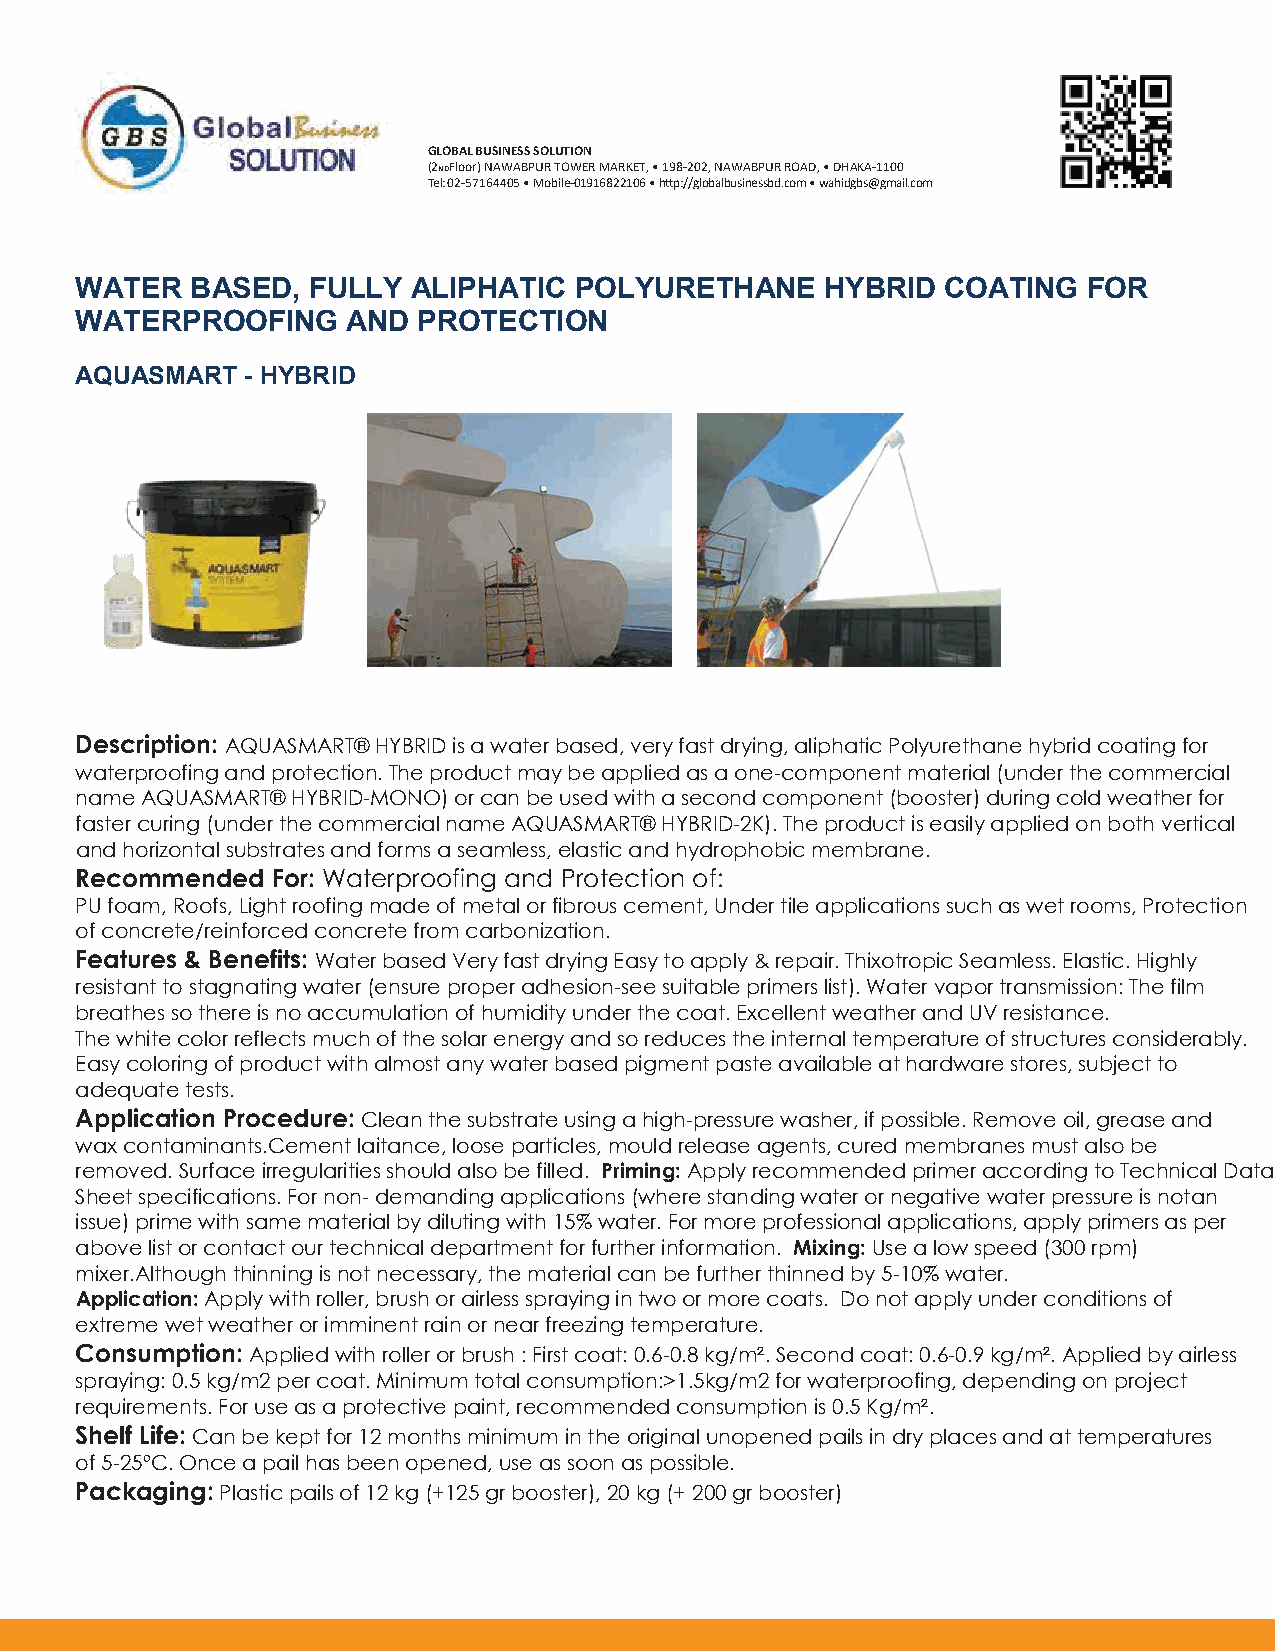
GLOBAL BUSINESS SOLUTION
 (2NDFloor) NAWABPUR TOWER MARKET, • 198-202, NAWABPUR ROAD, • DHAKA-1100
 Tel: 02-57164405 • Mobile-01916822106 • h�p://globalbusinessbd.com • wahidgbs@gmail.com
 WATER   BASED, FULLY  ALIPHATIC  POLYURETHANE     HYBRID  COATING  FOR
 WATERPROOFING     AND  PROTECTION
 AQUASMART  - HYBRID
 Description: AQUASMART® HYBRID is a water based, very fast drying, aliphatic Polyurethane hybrid coating for
 waterproofing and protection. The product may be applied as a one-component material (under the commercial
 name AQUASMART® HYBRID-MONO) or can be used with a second component (booster) during cold weather for
 faster curing (under the commercial name AQUASMART® HYBRID-2K). The product is easily applied on both vertical
 and horizontal substrates and forms a seamless, elastic and hydrophobic membrane.
 Recommended  For: Waterproofing and Protection of:
 PU foam, Roofs, Light roofing made of metal or fibrous cement, Under tile applications such as wet rooms, Protection
 of concrete/reinforced concrete from carbonization.
 Features & Benefits: Water based Very fast drying Easy to apply & repair. Thixotropic Seamless. Elastic. Highly
 resistant to stagnating water (ensure proper adhesion-see suitable primers list). Water vapor transmission: The film
 breathes so there is no accumulation of humidity under the coat. Excellent weather and UV resistance.
 The white color reflects much of the solar energy and so reduces the internal temperature of structures considerably.
 Easy coloring of product with almost any water based pigment paste available at hardware stores, subject to
 adequate tests.
 Application Procedure: Clean the substrate using a high-pressure washer, if possible. Remove oil, grease and
 wax contaminants.Cement laitance, loose particles, mould release agents, cured membranes must also be
 removed. Surface irregularities should also be filled. Priming: Apply recommended primer according to Technical Data
 Sheet specifications. For non- demanding applications (where standing water or negative water pressure is notan
 issue) prime with same material by diluting with 15% water. For more professional applications, apply primers as per
 above list or contact our technical department for further information. Mixing: Use a low speed (300 rpm)
 mixer.Although thinning is not necessary, the material can be further thinned by 5-10% water.
 Application: Apply with roller, brush or airless spraying in two or more coats. Do not apply under conditions of
 extreme wet weather or imminent rain or near freezing temperature.
 Consumption: Applied with roller or brush : First coat: 0.6-0.8 kg/m². Second coat: 0.6-0.9 kg/m². Applied by airless
 spraying: 0.5 kg/m2 per coat. Minimum total consumption:>1.5kg/m2 for waterproofing, depending on project
 requirements. For use as a protective paint, recommended consumption is 0.5 Kg/m².
 Shelf Life: Can be kept for 12 months minimum in the original unopened pails in dry places and at temperatures
 of 5-25ºC. Once a pail has been opened, use as soon as possible.
 Packaging: Plastic pails of 12 kg (+125 gr booster), 20 kg (+ 200 gr booster)